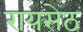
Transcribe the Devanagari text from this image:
रायसेठ